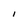
Character: l